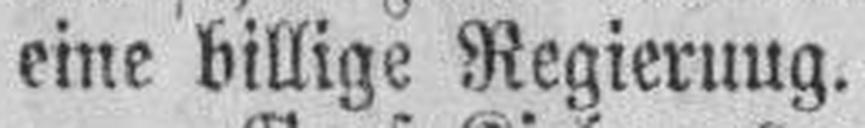
eine billige Regieruug.